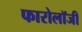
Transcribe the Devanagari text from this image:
फारोलॉजी